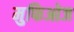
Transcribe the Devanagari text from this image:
मुफिओज